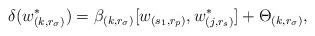
LaTeX: \begin{align*}\delta(w^*_{(k,r_{\sigma})})=\beta_{(k,r_{\sigma})}[w_{(s_1,r_p)},w^*_{(j,r_s)}]+\Theta_{(k,r_{\sigma})},\end{align*}